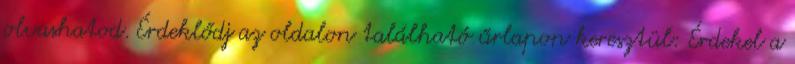
olvashatod. Érdeklődj az oldalon található űrlapon keresztül: Érdekel a